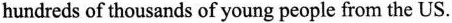
hundreds of thousands of young people from the US.